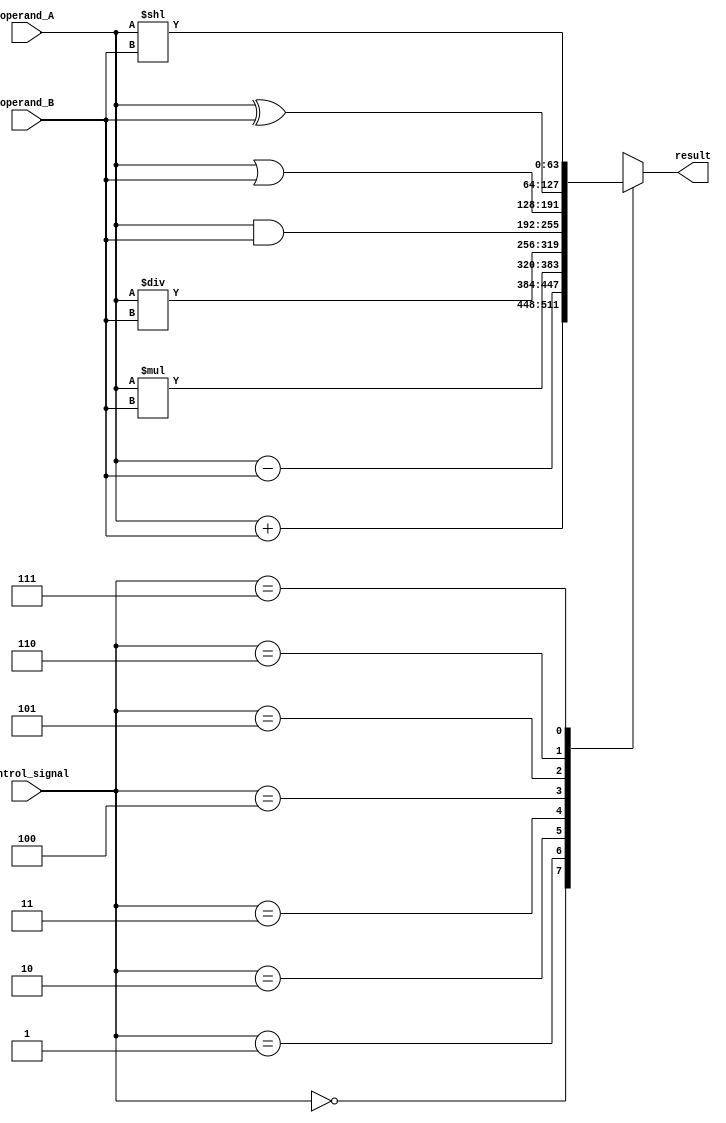
module ALU_64bit(
    input [63:0] operand_A,
    input [63:0] operand_B,
    input [2:0] control_signal,
    output reg [63:0] result
);

always @(*) begin
    case(control_signal)
        3'b000: result = operand_A + operand_B; // Addition
        3'b001: result = operand_A - operand_B; // Subtraction
        3'b010: result = operand_A * operand_B; // Multiplication
        3'b011: result = operand_A / operand_B; // Division
        3'b100: result = operand_A & operand_B; // Bitwise AND
        3'b101: result = operand_A | operand_B; // Bitwise OR
        3'b110: result = operand_A ^ operand_B; // Bitwise XOR
        3'b111: result = operand_A << operand_B; // Left shift by operand_B bits
    endcase
end

endmodule